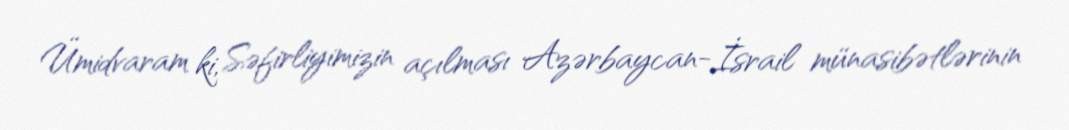
Ümidvaram ki, Səfirliyimizin açılması Azərbaycan-İsrail münasibətlərinin